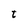
Character: t